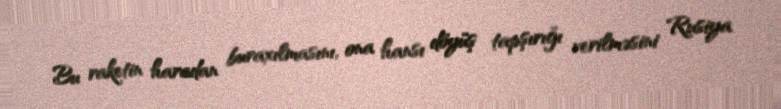
Bu raketin haradan buraxılmasını, ona hansı döyüş tapşırığı verilməsini Rusiya